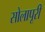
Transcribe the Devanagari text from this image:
सोलापूरी